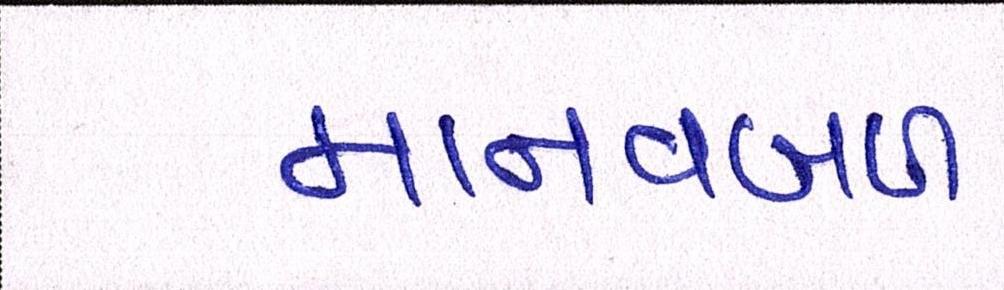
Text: માનવબળ